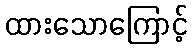
ထားသောကြောင့်